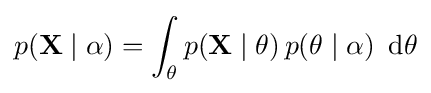
p(\mathbf {X} \mid \alpha )=\int _{\theta }p(\mathbf {X} \mid \theta )\,p(\theta \mid \alpha )\ \operatorname {d} \!\theta